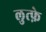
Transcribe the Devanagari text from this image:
लुत्फ़े